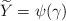
LaTeX: \begin{align*}\widetilde Y = \psi(\gamma)\end{align*}